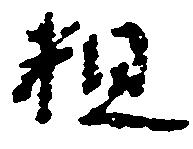
粗